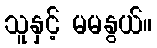
သူနှင့် မမနွယ်။